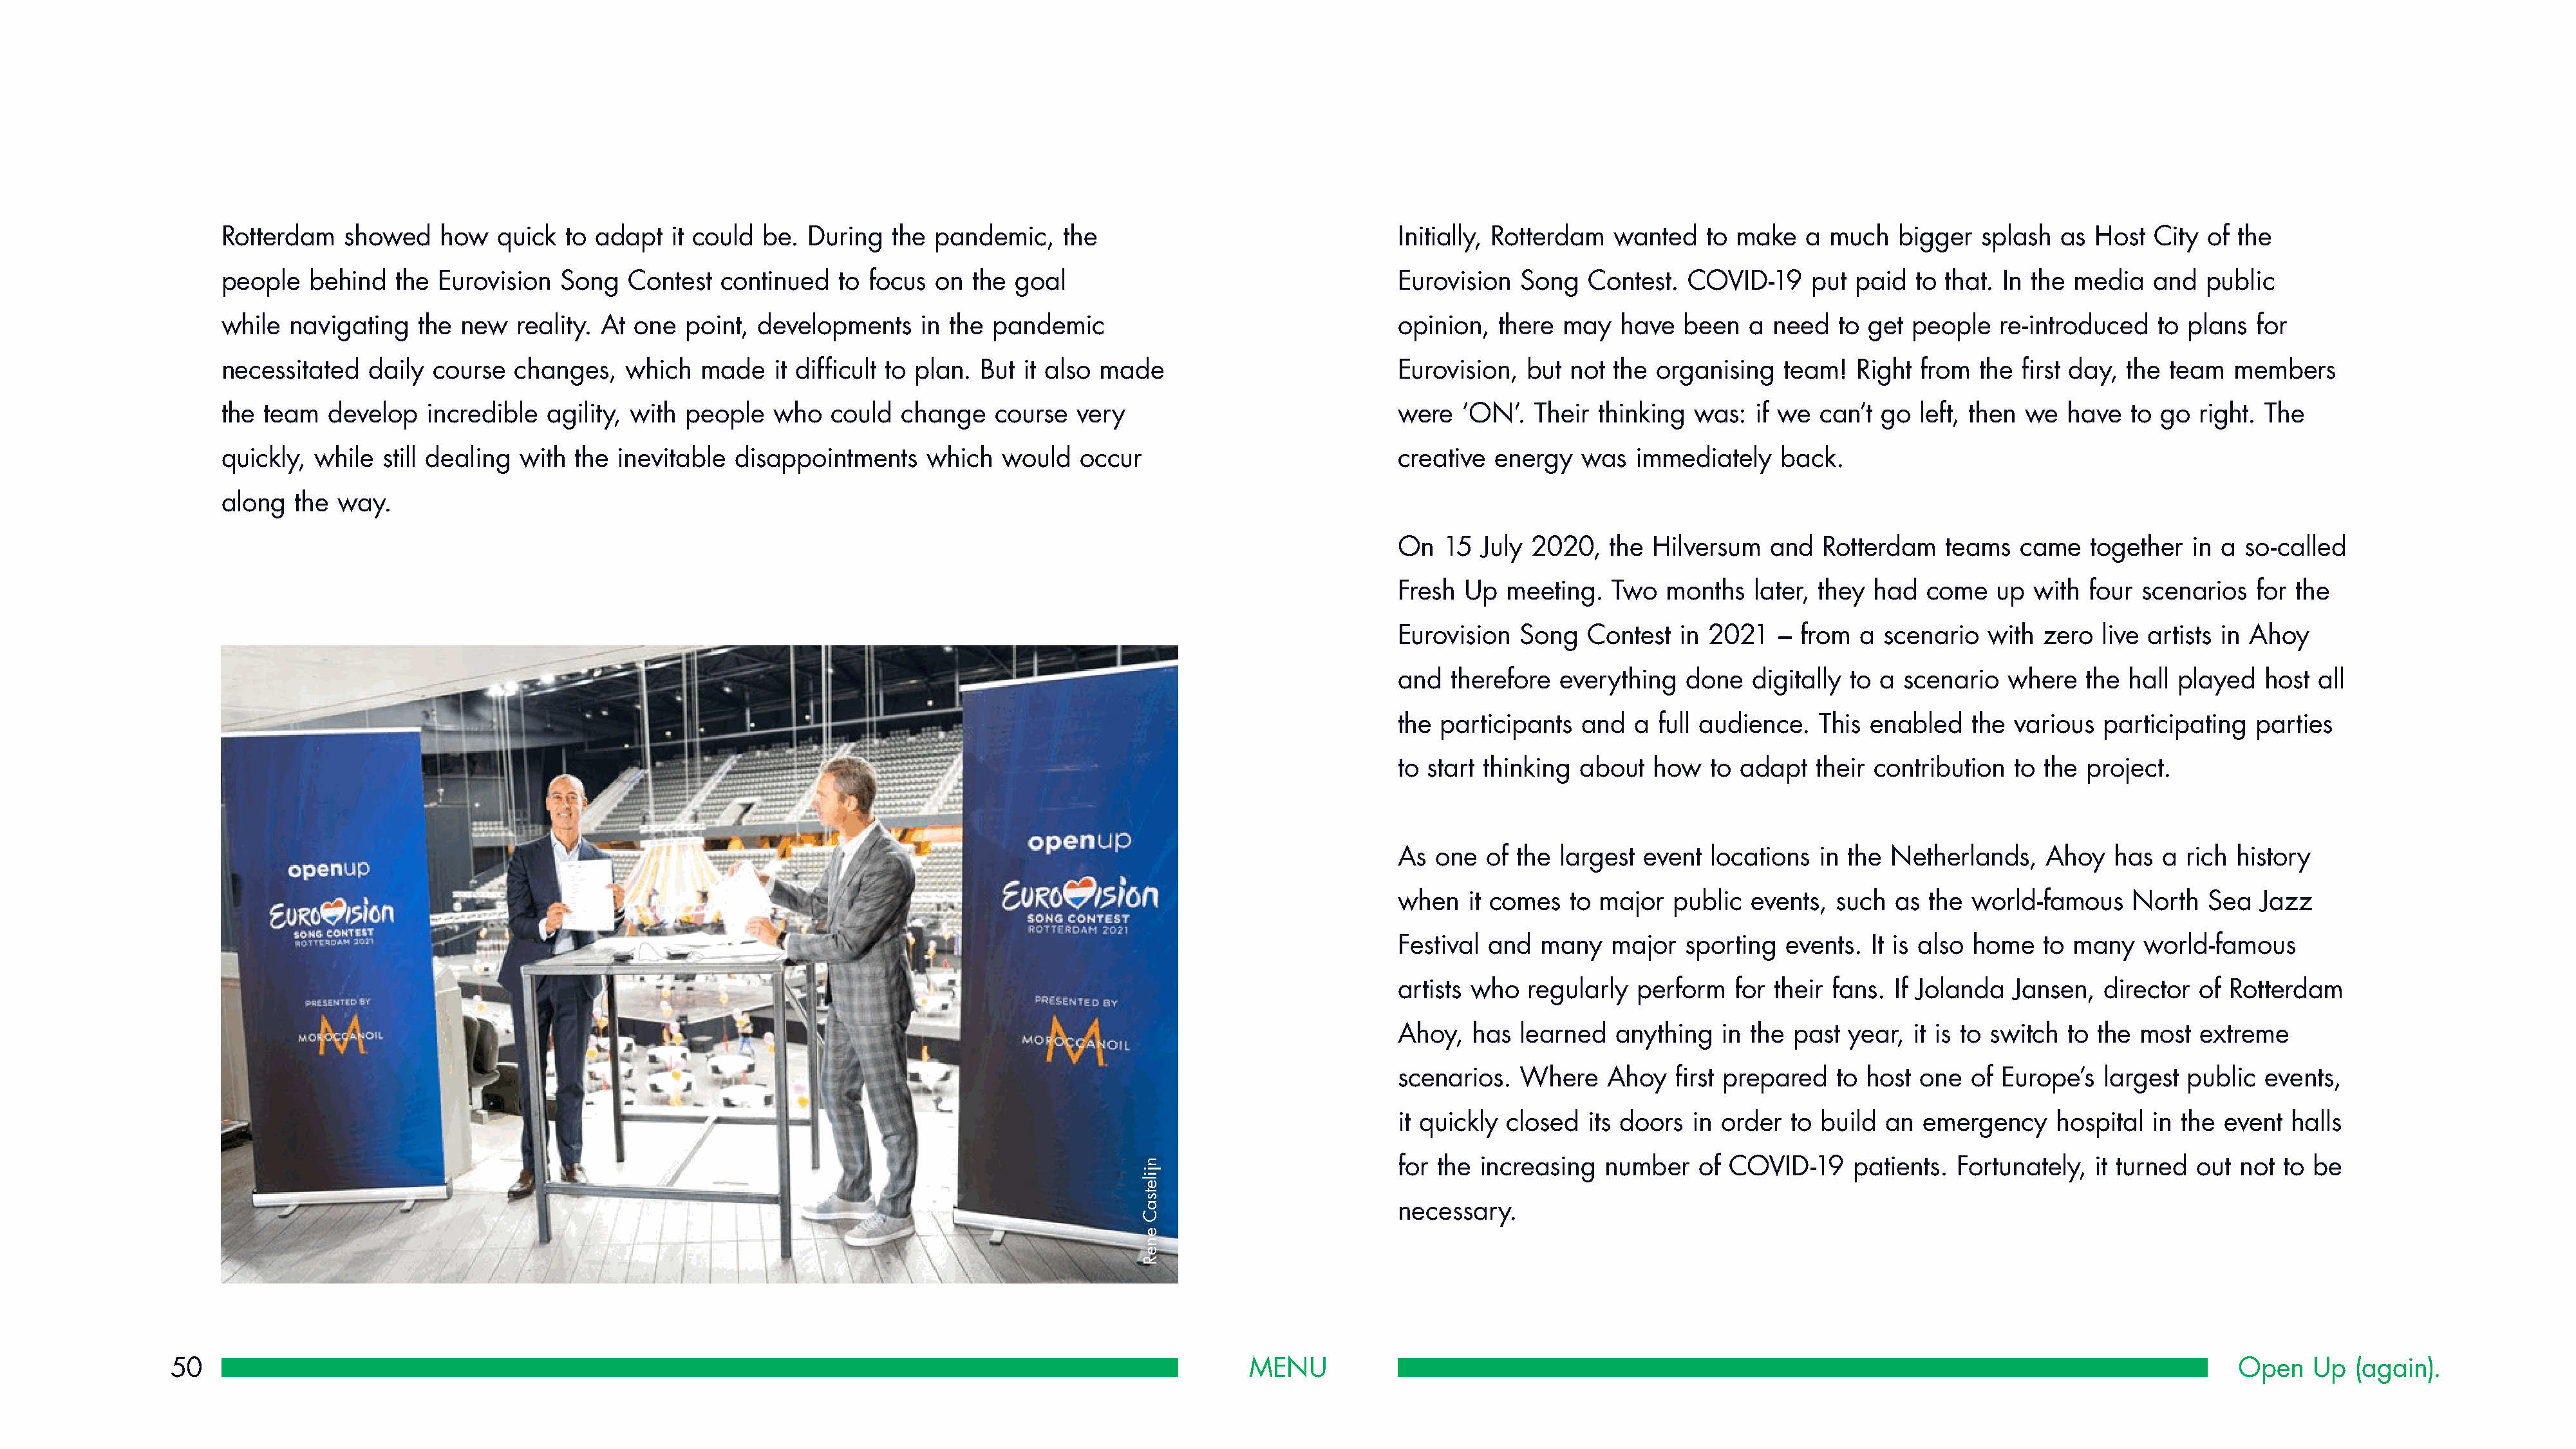
Rotterdam   showed    how   quick  to adapt   it could be.  During   the pandemic,    the                                Initially, Rotterdam  wanted   to make    a much   bigger   splash  as Host  City  of the
 people   behind   the Eurovision   Song   Contest  continued   to focus  on  the goal                                    Eurovision  Song   Contest.  COVID-19     put  paid  to that. In the media   and   public
 while  navigating   the new   reality. At one  point,  developments     in the pandemic                                  opinion,  there  may   have  been   a need   to get  people   re-introduced   to plans  for
 necessitated   daily course   changes,   which   made    it difficult to plan. But it also made                          Eurovision,  but not  the organising   team!   Right from   the first day, the team   members
 the team   develop   incredible  agility, with people    who  could   change   course   very                             were  ‘ON’.   Their thinking  was:  if we  can’t go  left, then we   have  to go  right. The
 quickly, while  still dealing with  the inevitable   disappointments    which   would   occur                            creative  energy   was  immediately    back.
 along  the  way.
 On  15  July 2020,    the Hilversum   and  Rotterdam    teams   came   together  in a  so-called
 Fresh  Up  meeting.   Two  months   later, they  had  come   up  with  four scenarios   for the
 Eurovision  Song   Contest   in 2021   – from  a  scenario  with  zero  live artists in Ahoy
 and  therefore  everything   done   digitally to a  scenario  where   the  hall played   host all
 the participants   and  a full audience.   This enabled    the various  participating   parties
 to start thinking about   how   to adapt   their contribution  to the  project.
 As  one  of the largest  event  locations  in the Netherlands,    Ahoy   has  a  rich history
 when   it comes  to major   public  events,  such  as the  world-famous    North   Sea  Jazz
 Festival and  many    major  sporting   events. It is also home   to many   world-famous
 artists who  regularly  perform   for their fans.  If Jolanda  Jansen,  director  of Rotterdam
 Ahoy,  has  learned   anything   in the past  year,  it is to switch to the most  extreme
 scenarios.  Where    Ahoy   first prepared   to host one   of Europe’s  largest  public  events,
 it quickly closed  its doors  in order  to build  an  emergency    hospital  in the  event  halls
 for the increasing   number    of COVID-19    patients.  Fortunately,  it turned  out not  to be
 necessary.
 50                                                                                                            MENU                                                                                                  Open    Up  (again).
 njiletsaC
 eneR